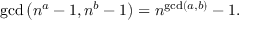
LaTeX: \operatorname* { g c d } \left( n ^ { a } - 1 , n ^ { b } - 1 \right) = n ^ { \operatorname* { g c d } ( a , b ) } - 1 .